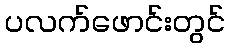
ပလက်ဖောင်းတွင်